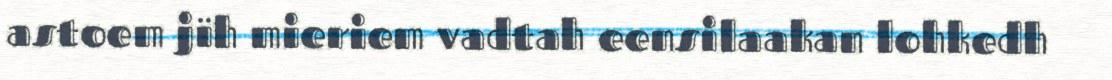
astoem jïh mieriem vadtah eensilaakan lohkedh